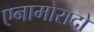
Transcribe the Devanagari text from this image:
एनामोरादो